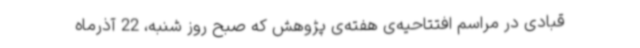
قبادی در مراسم افتتاحیه‌ی هفته‌ی پژوهش که صبح روز شنبه، 22 آذرماه